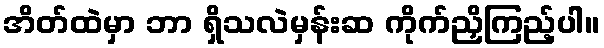
အိတ်ထဲမှာ ဘာ ရှိသလဲမှန်းဆ ကိုက်ညှိကြည့်ပါ။